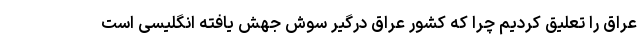
عراق را تعلیق کردیم چرا که کشور عراق درگیر سوش جهش یافته انگلیسی است